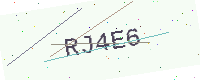
Text: RJ4E6